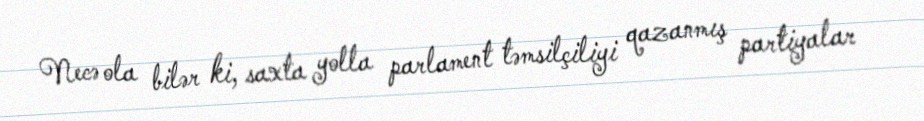
Necə ola bilər ki, saxta yolla parlament təmsilçiliyi qazanmış partiyalar